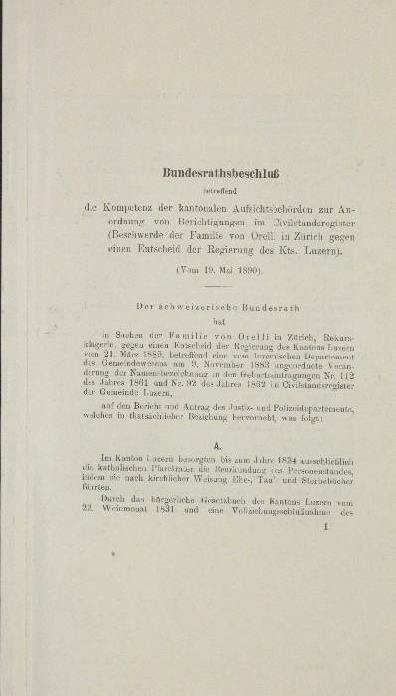
Bundesrathsbeschlus
Kompetenz der kantonalen Aufsichtsschulen zur An-
Inner von Berichtigungen im Fristunderenzer
Beschwerde der Familie von Dritt in Zürich gegen
einen Entscheid der Regierung des Kts. Luzern).
V um 12. Mai 1850,
Der Schweizerische Bundesrath

dem Familie von die

u
 . . . .
d Polizeili partementa
t

e
 bis zum Jahr 1844 u. wantlich
.
n
Man hargerich tier
Gantan
ee 1881 gegens de